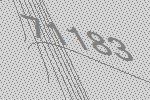
71183